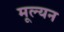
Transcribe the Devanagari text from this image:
मूल्‍यन